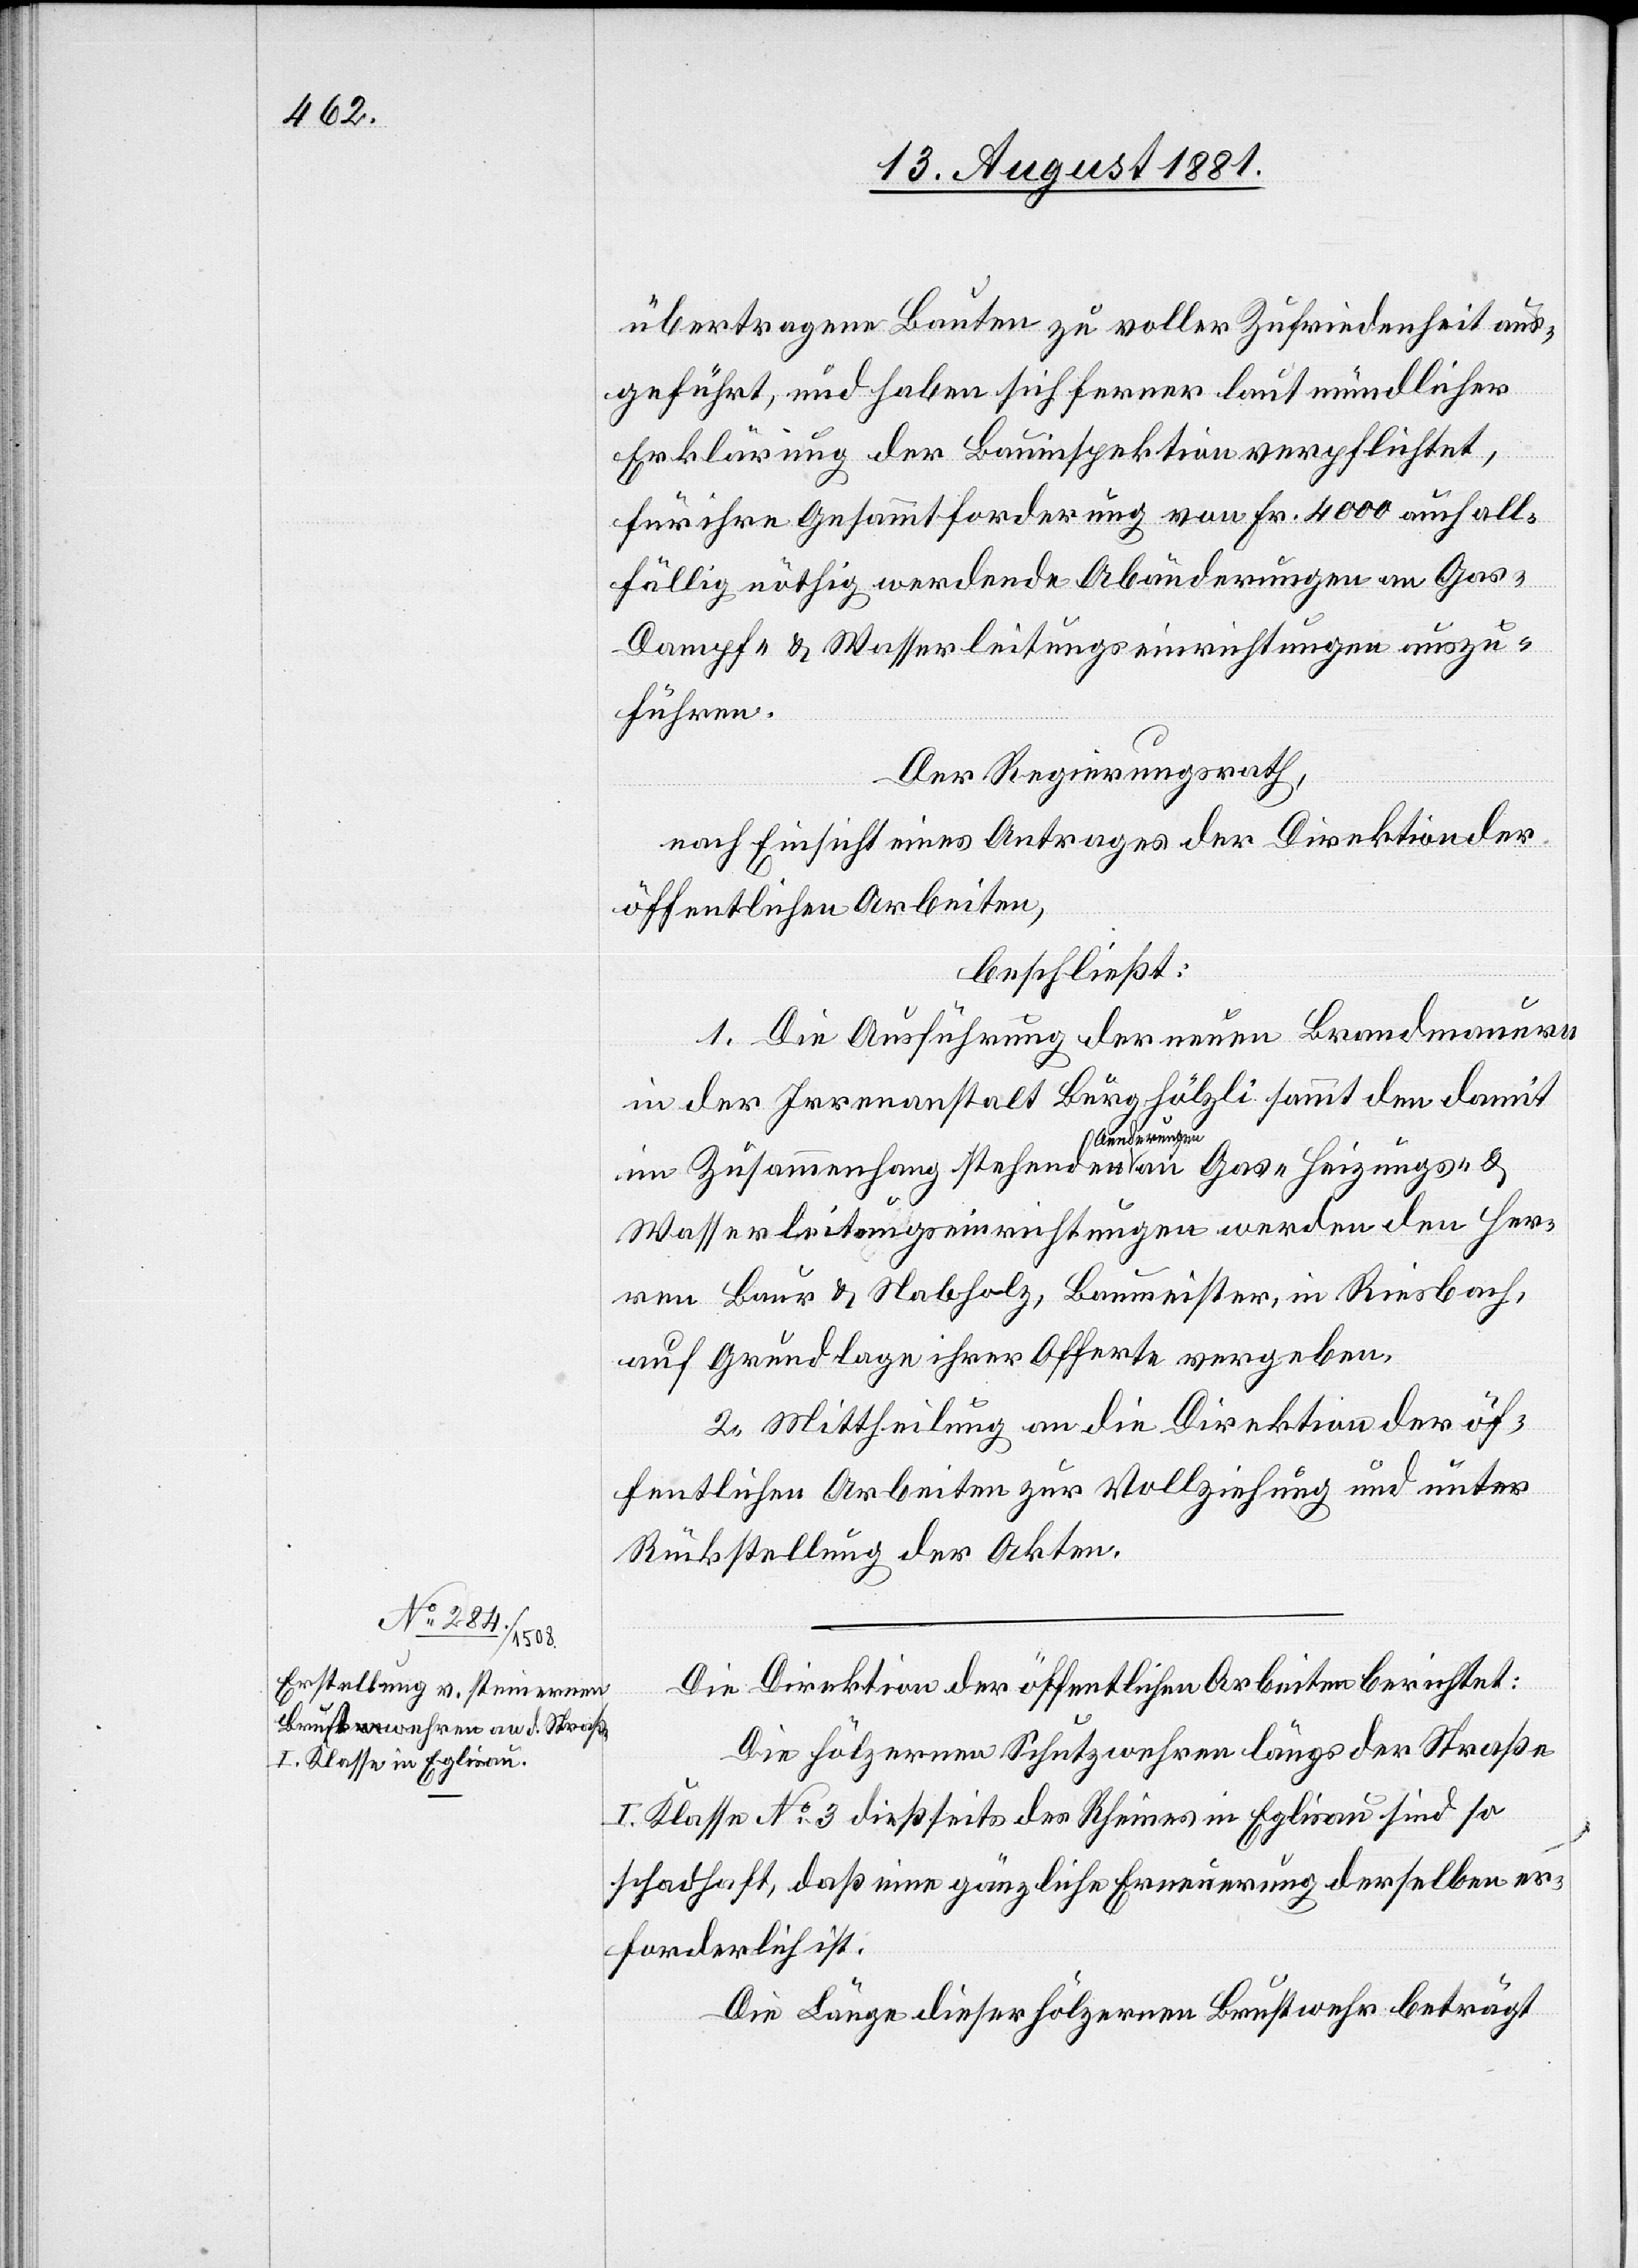
übertragene Bauten zu voller Zufriedenheit aus¬
&
geführt, und haben sich ferner laut mündlicher
Erklärung der Bauinspektion verpflichtet,
für ihre Gesammtforderung von Fr. 4000 auch all¬
fällig nöthig werdende Abänderungen an Gas-[,]
Dampf- & Wasserleitungseinrichtungen auszu¬
führen.
Der Regierungsrath,
nach Einsicht eines Antrages der Direktion der
öffentlichen Arbeiten,
beschließt:
1. Die Ausführung der neuen Brandmauern
in der Irrenanstalt Burghölzli sammt den damit
Heizungs-
im Zusammenhang stehenden Aenderungen
Wasserleitungseinrichtungen werden den Her¬
ren Baur & Nabholz, Baumeister, in Riesbach,
auf Grundlage ihrer Offerte vergeben.
2. Mittheilung an die Direktion der öf¬
fentlichen Arbeiten zur Vollziehung und unter
Rückstellung der Akten.
Die Direktion der öffentlichen Arbeiten berichtet:
Die hölzernen Schutzwehren längs der Straßen
I. Klasse No. 3 dießseits des Rheines in Eglisau sind so
schadhaft, daß eine gänzliche Erneuerung derselben er¬
forderlich ist.
Die Länge dieser hölzernen Brustwehr beträgt